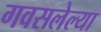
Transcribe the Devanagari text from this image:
गवसलेल्या